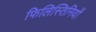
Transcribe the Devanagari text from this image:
फिलिस्तिनियों